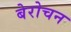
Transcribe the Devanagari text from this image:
बेरोचन